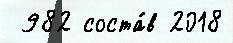
 982 соста́в 2018